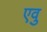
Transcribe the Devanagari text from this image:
एवु